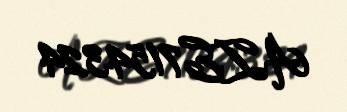
AZE7154324